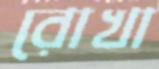
রোখা